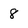
Character: 8